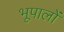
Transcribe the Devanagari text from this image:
भूपालों